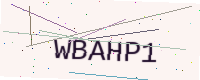
Text: WBAHP1